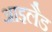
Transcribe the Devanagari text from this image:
आइलैड